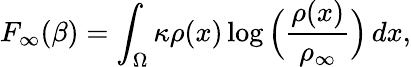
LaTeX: F_{\infty}(\beta)=\int_{\Omega}\kappa\rho(x)\log\Big(\frac{\rho(x)}{\rho_{\infty}}\Big)\, dx,